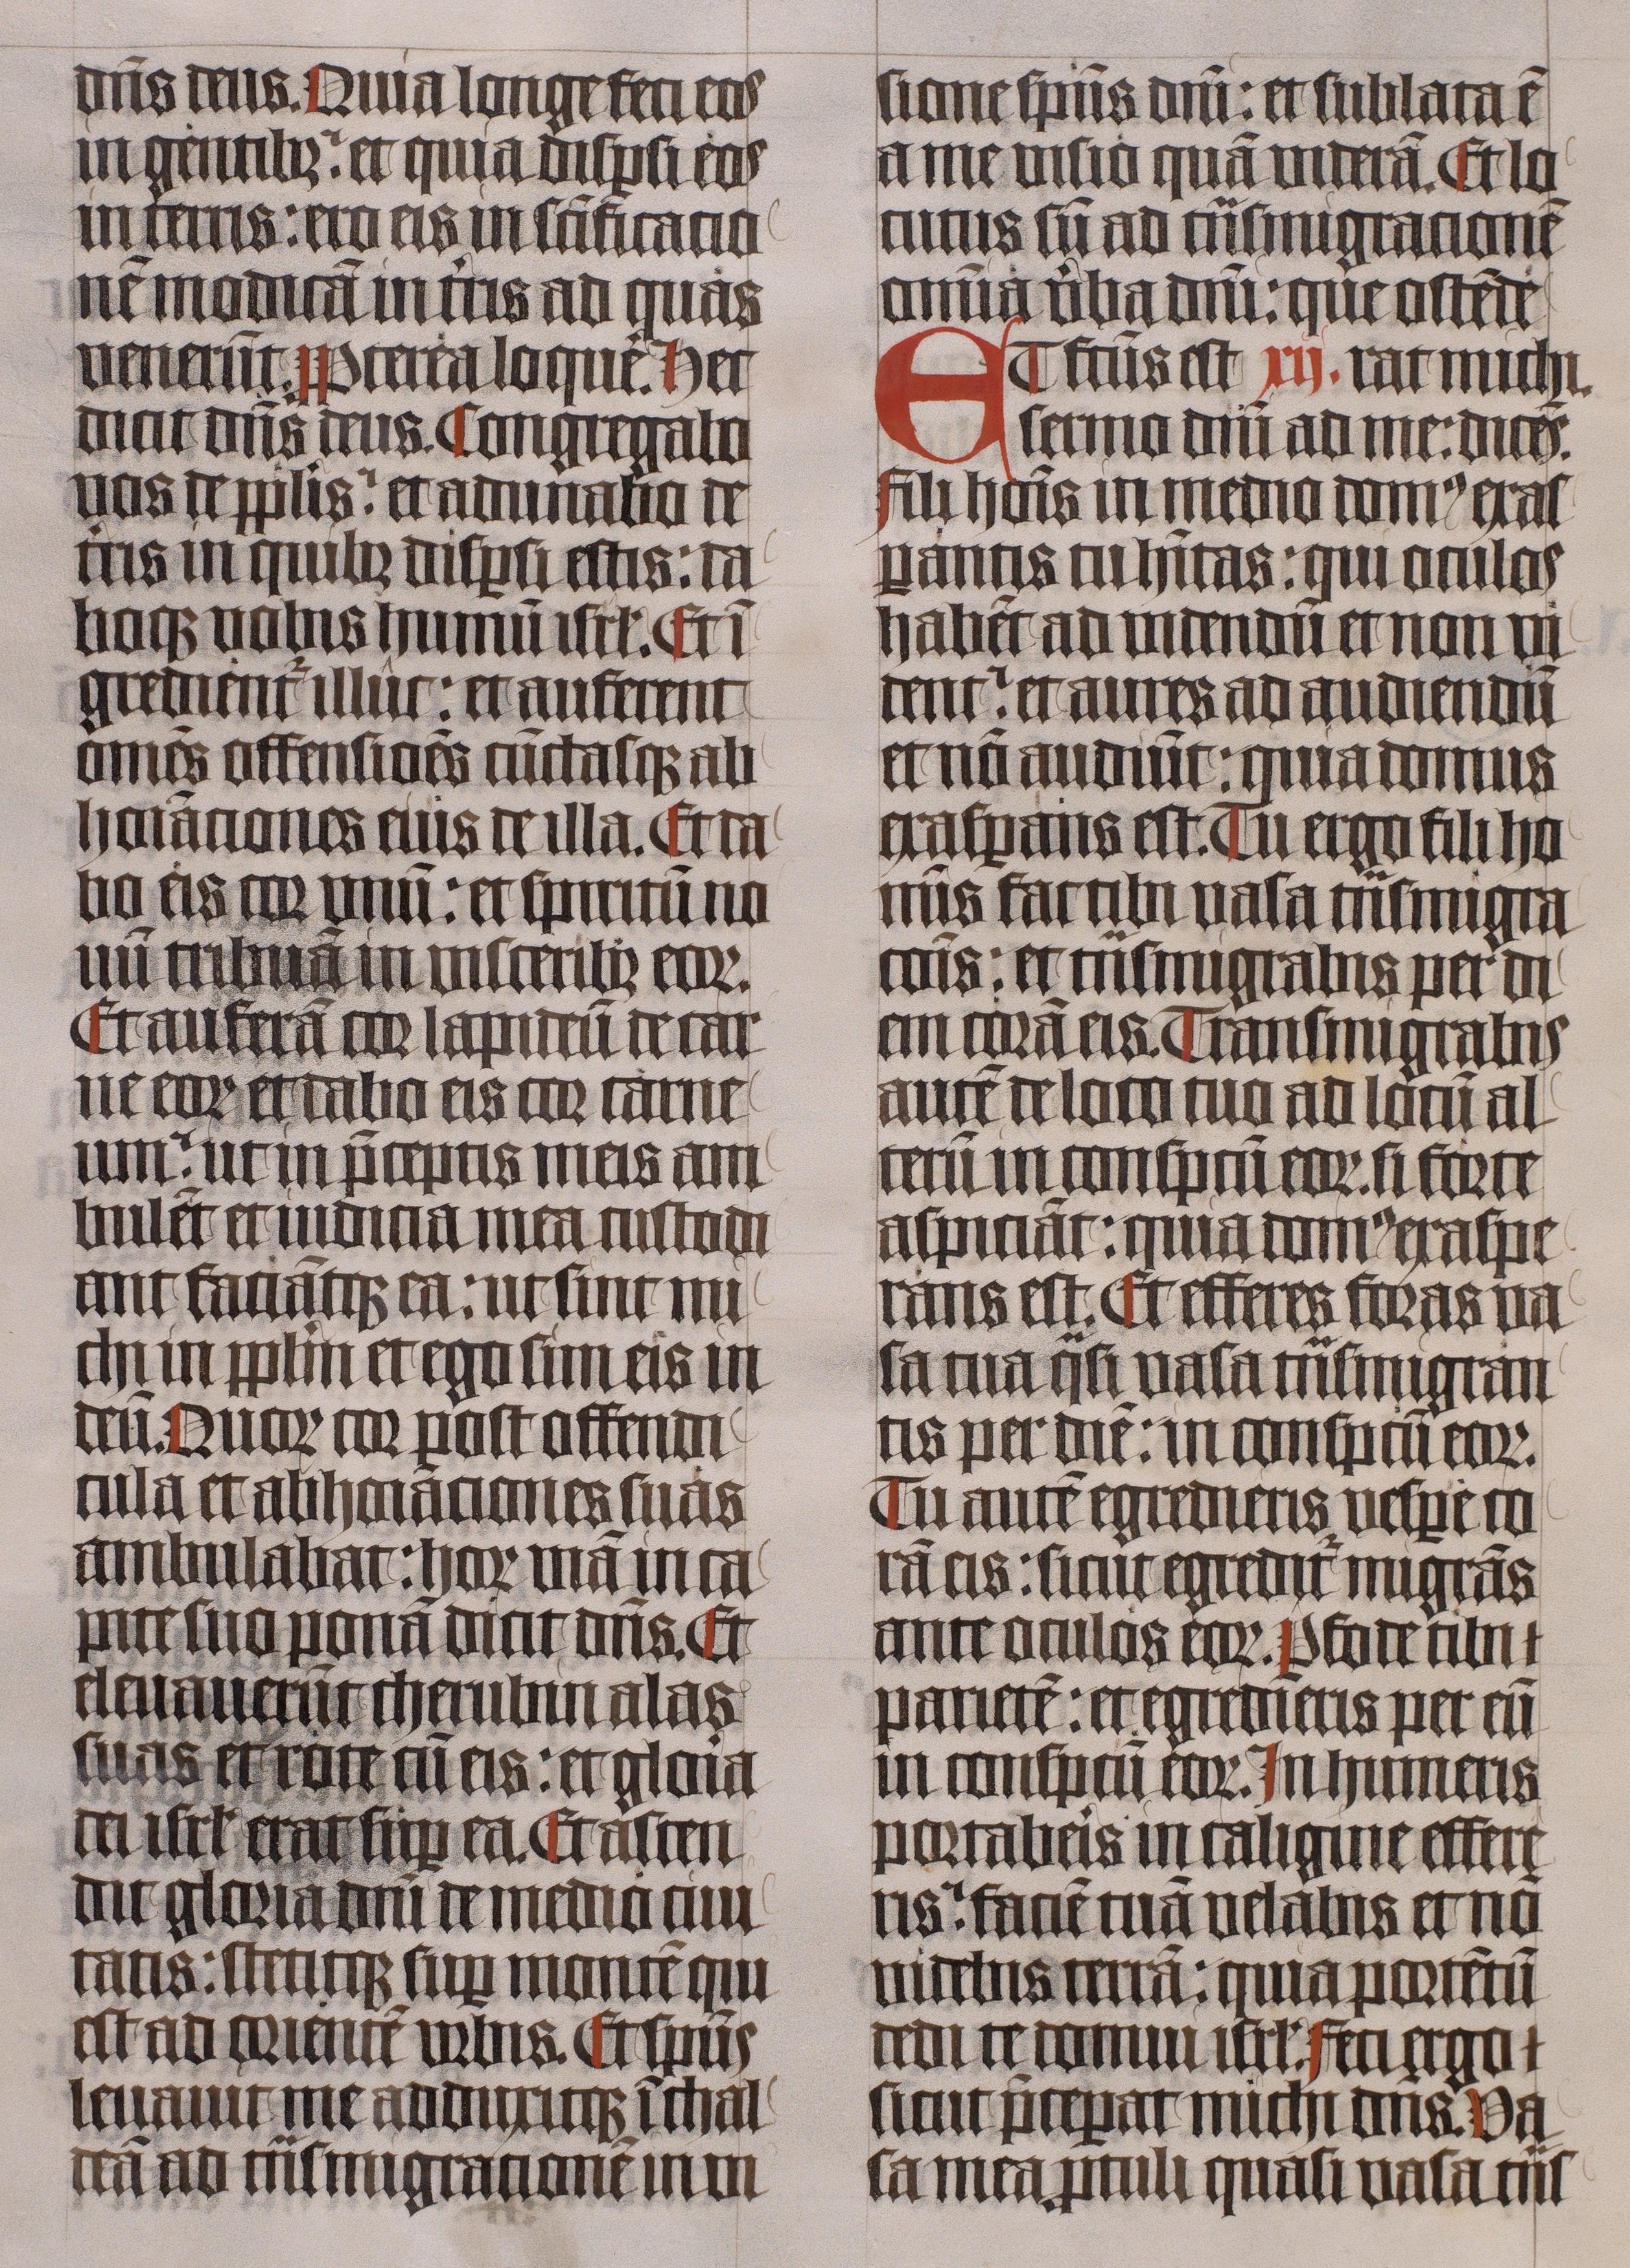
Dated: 1445–1445